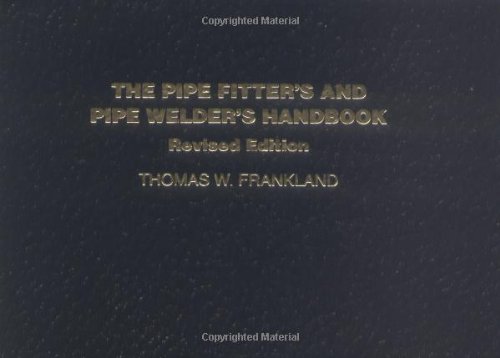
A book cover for The Pipe Fitter's and Pipe Welder's Handbook, Revised Edition; Thomas W. Frankland; Engineering & Transportation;